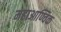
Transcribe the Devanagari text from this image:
महाआण्विक